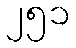
၂၅၁